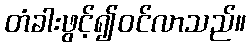
တံခါးဖွင့်၍ဝင်လာသည်။